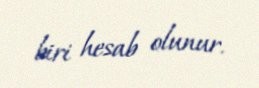
biri hesab olunur.